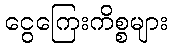
ငွေကြေးကိစ္စများ